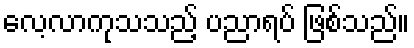
လေ့လာကုသသည့် ပညာရပ် ဖြစ်သည်။